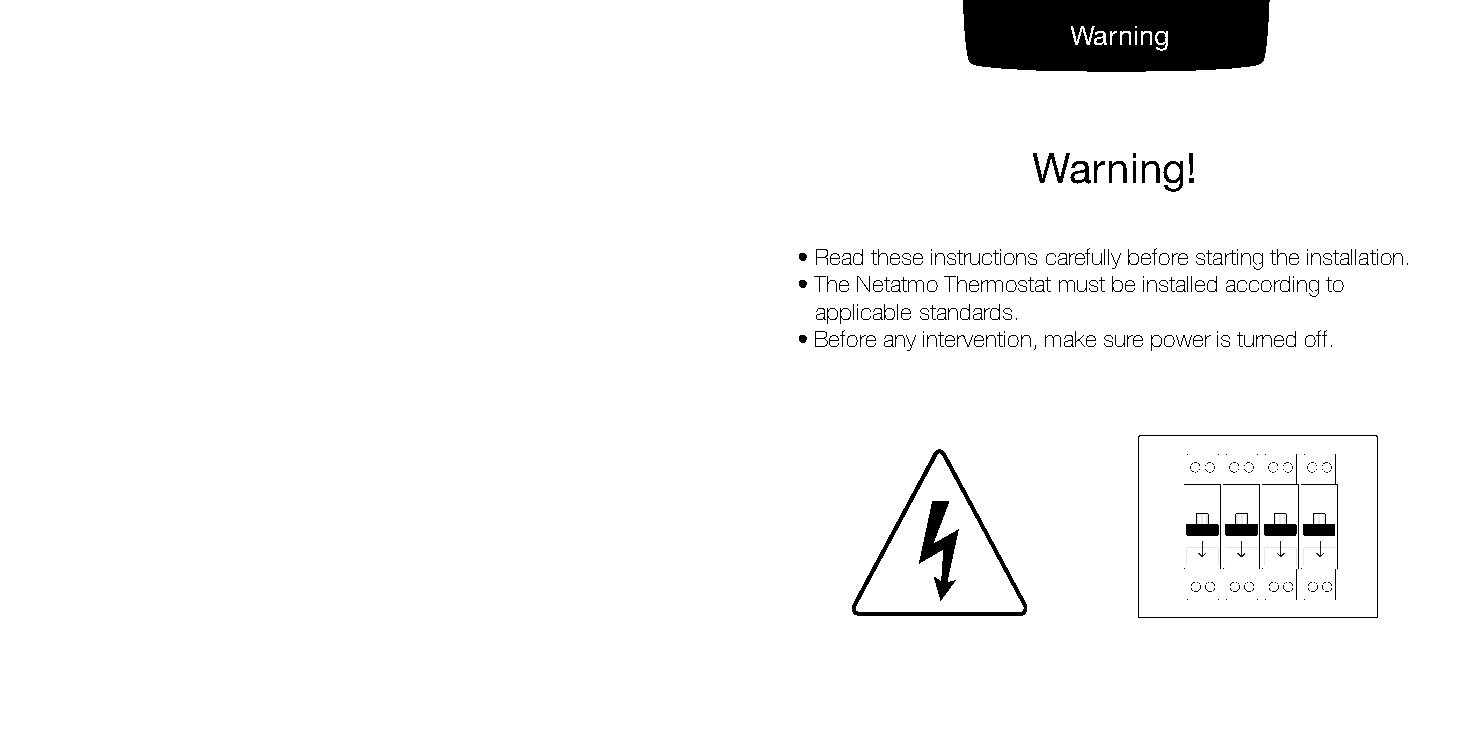
Warning
 Warning!
 • Read these instructions carefully before starting the installation.
 • The Netatmo Thermostat must be installed according to
 applicable standards.
 • Before any intervention, make sure power is turned off.